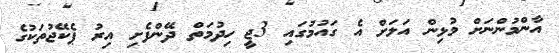
އާންމުންނަށް މުޅިން އަލަށް އެ ގައުމުގައި 3ޖީ ހިދުމަތް ދޭންފެށި އިރު ޕެކޭޖުތަކުގެ